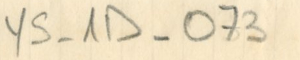
YS - 1D - 073